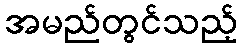
အမည်တွင်သည့်